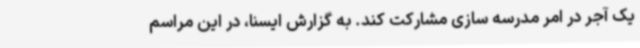
یک آجر در امر مدرسه سازی مشارکت کند. به گزارش ایسنا، در این مراسم